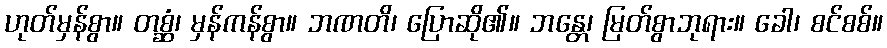
ဟုတ်မှန်စွာ။ တစ္ဆံ၊ မှန်ကန်စွာ။ ဘဏတိ၊ ပြောဆို၏။ ဘန္တေ၊ မြတ်စွာဘုရား။ ခေါ၊ စင်စစ်။